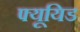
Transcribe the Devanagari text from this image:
फ्यूयिड